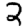
Digit: 2